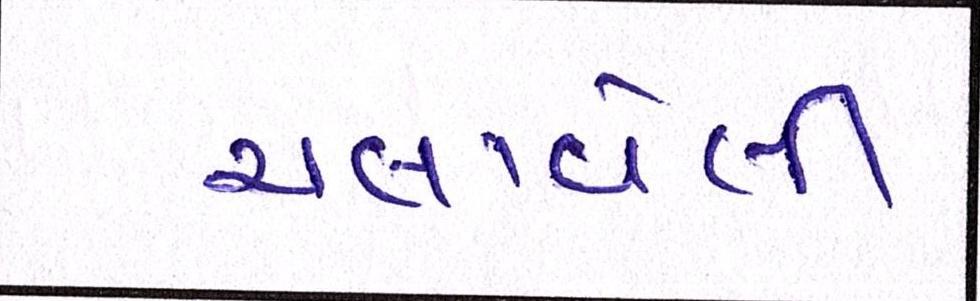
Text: ચલાવેલી